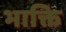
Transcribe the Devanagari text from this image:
भाक्ति